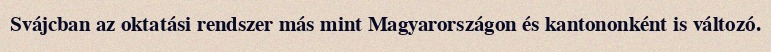
Svájcban az oktatási rendszer más mint Magyarországon és kantononként is változó.